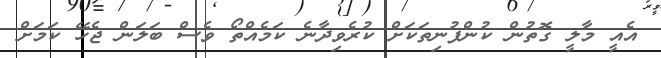
އެއީ މާލީ ގޮތުން ކުންފުނިތަކަށް ކުރެވިދާނެ ކަމެއްތޯ ވެސް ބަލަން ޖެހޭ ކަމަށް